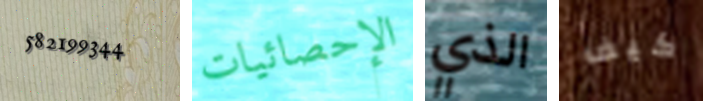
582199344 الإحصائيات الذي كيف